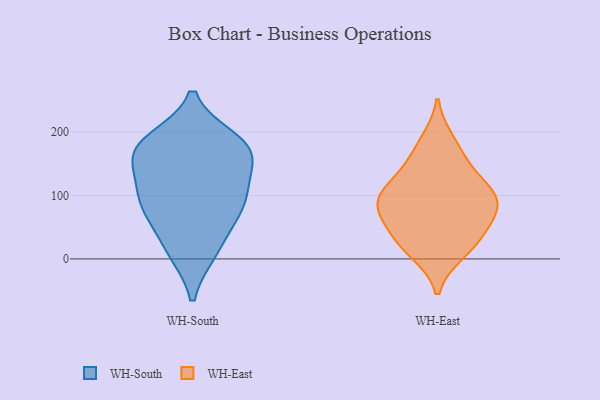
{"axis": {"x": "Temperature (°C)", "y": "Value"}, "legend": ["WH-East", "WH-South"], "data": [{"x": "", "y": 110, "type": "WH-South"}, {"x": "", "y": 11, "type": "WH-South"}, {"x": "", "y": 91, "type": "WH-South"}, {"x": "", "y": 11, "type": "WH-South"}, {"x": "", "y": 161, "type": "WH-South"}, {"x": "", "y": 91, "type": "WH-South"}, {"x": "", "y": 119, "type": "WH-South"}, {"x": "", "y": 187, "type": "WH-South"}, {"x": "", "y": 61, "type": "WH-South"}, {"x": "", "y": 70, "type": "WH-South"}, {"x": "", "y": 171, "type": "WH-South"}, {"x": "", "y": 159, "type": "WH-South"}, {"x": "", "y": 185, "type": "WH-South"}, {"x": "", "y": 173, "type": "WH-South"}, {"x": "", "y": 76, "type": "WH-East"}, {"x": "", "y": 37, "type": "WH-East"}, {"x": "", "y": 86, "type": "WH-East"}, {"x": "", "y": 160, "type": "WH-East"}, {"x": "", "y": 90, "type": "WH-East"}, {"x": "", "y": 103, "type": "WH-East"}, {"x": "", "y": 110, "type": "WH-East"}, {"x": "", "y": 43, "type": "WH-East"}, {"x": "", "y": 133, "type": "WH-East"}, {"x": "", "y": 19, "type": "WH-East"}, {"x": "", "y": 185, "type": "WH-East"}, {"x": "", "y": 11, "type": "WH-East"}, {"x": "", "y": 81, "type": "WH-East"}]}